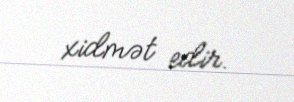
xidmət edir.